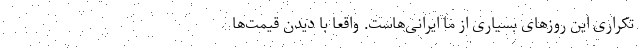
تکراری این روزهای بسیاری از ما ایرانی‌هاست. واقعا با دیدن قیمت‌ها